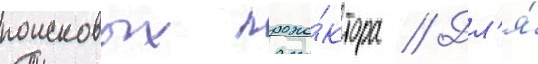
поисковых проже́ктора // Дл'я́